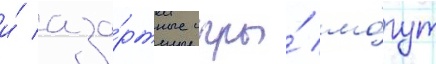
и́ аза́ртные игры́ мо́гут